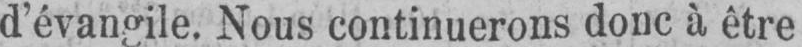
d’évangile. Nous continuerons donc à être